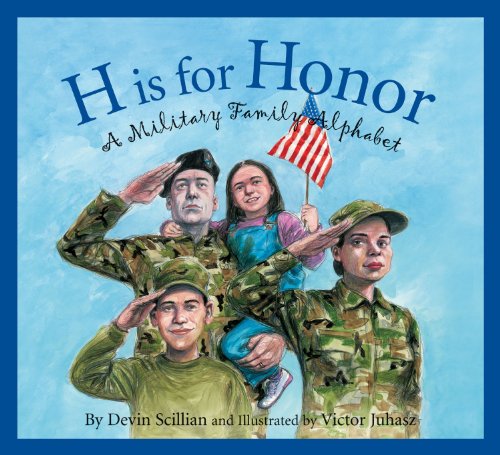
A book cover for H is for Honor: A Military Family Alphabet; Devin Scillian; Children's Books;